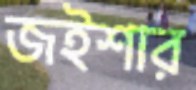
জইশার